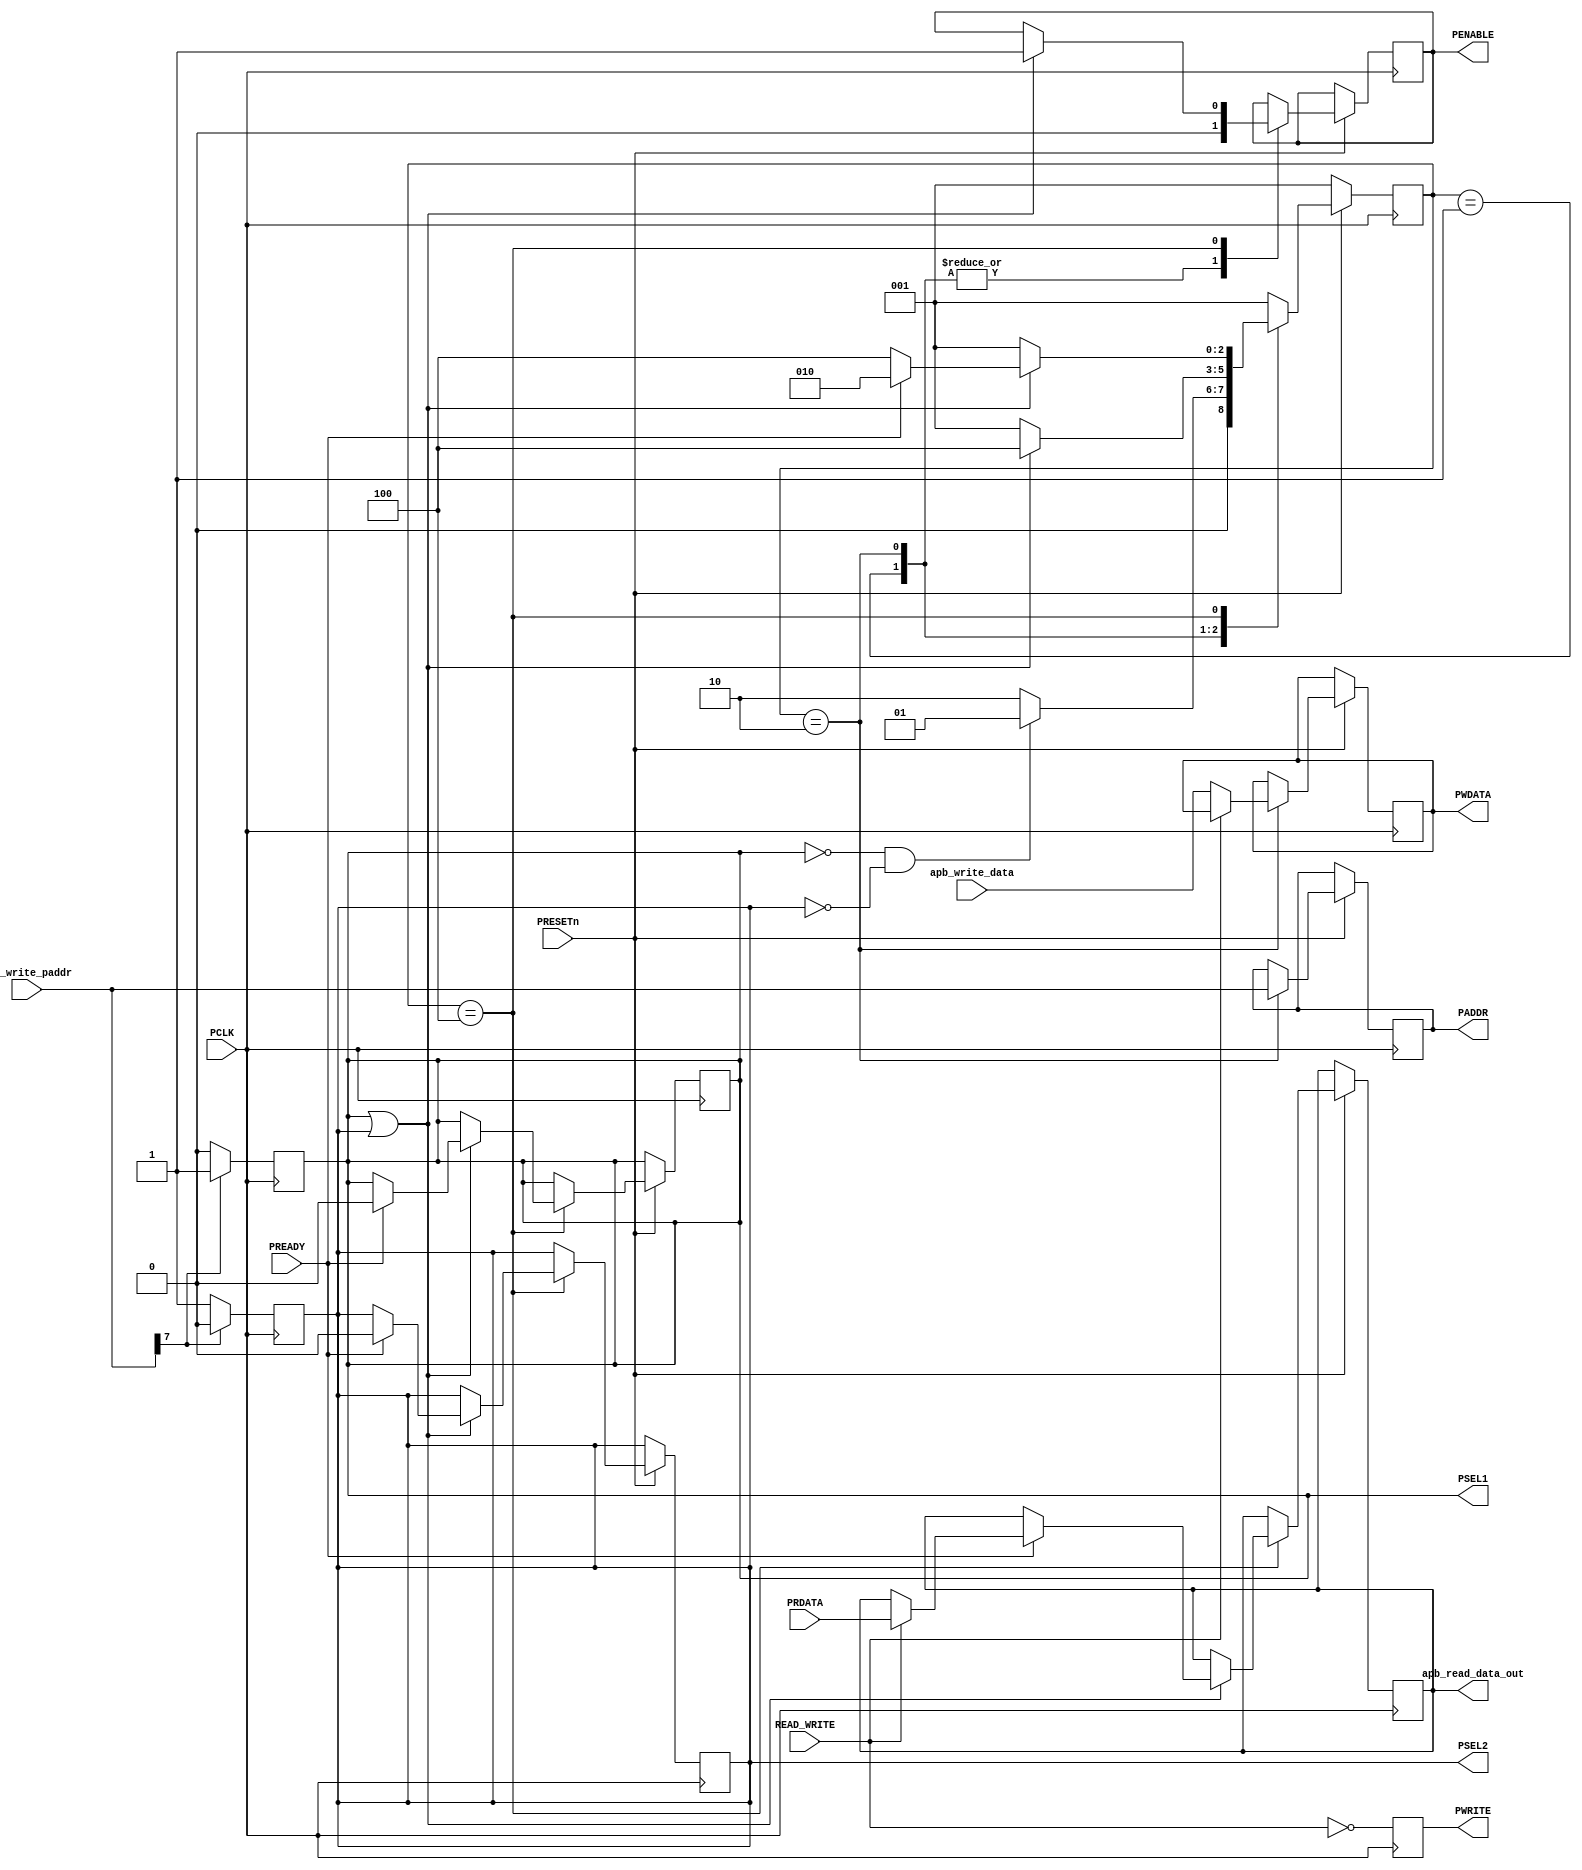
module apb_master(
  input [7:0]apb_write_paddr,
	input [7:0] apb_write_data,PRDATA,         
	input PRESETn,PCLK,READ_WRITE,PREADY,
	output reg PSEL1,PSEL2,
	output reg PENABLE,
	output reg [7:0]PADDR,
	output reg PWRITE,
	output reg [7:0]PWDATA,apb_read_data_out
);
 
reg [2:0] state, next_state;
localparam IDLE = 3'b001, SETUP = 3'b010, ACCESS = 3'b100 ;
reg check=1'b0;

 
always @(posedge PCLK)
  begin
    if(apb_write_paddr[7] == 1'b0) 
      begin
        PSEL2 = 1'b1;
        PSEL1 = 1'b0;
      end
		if(apb_write_paddr[7] == 1'b1) 
		begin
		PSEL1 = 1'b1;
		PSEL2 = 1'b0;
		end
		  
  end
 
 
 
always @(posedge PCLK)

  begin
     PWRITE = ~READ_WRITE; 
	   if(!PRESETn) state = IDLE;
	   else
       begin
	      case(state)
 
		      IDLE:
		       begin 
		         PENABLE =0;
		         if(!PSEL1 && !PSEL2)state =  IDLE;
	           else state = SETUP;
	         end
 
 
	        SETUP:
	         begin
			       PENABLE =0;
			       if(READ_WRITE)
			         begin
			           PADDR = apb_write_paddr;
			         end  
			       else 
			        begin   
                PADDR = apb_write_paddr;
				        PWDATA = apb_write_data;
				      end
			      if(PSEL1 || PSEL2) state = ACCESS;	 
			      else state = IDLE;
		       end
 
		      ACCESS:
		       begin
		         if(PSEL1 || PSEL2)
		           begin
		             PENABLE =1;
		             if(PREADY)
		               begin
		                 if(!READ_WRITE)
		                 begin
		                  state = SETUP;
		                  PSEL1 =0;
                      PSEL2 =0;
		                  end
		                 else 
					            begin
					              state = SETUP; 
                        apb_read_data_out = PRDATA; 
                        PSEL1 =0;
                        PSEL2 =0;
                       
					            end
		               end
		             else 
		             begin
		              state = ACCESS;
		             end
		            end
		         else state = IDLE;
		        end
		        
			    default: state = IDLE; 
			  endcase
			end
 end 
endmodule